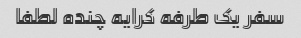
سفر یک طرفه کرایه چنده لطفا